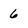
Character: 6